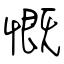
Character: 慨